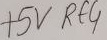
Text: +5V RE4